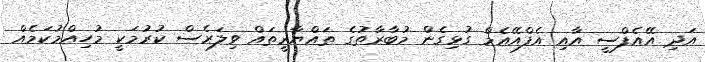
އަދި އޭއެފްސީ އާއި އެފްއޭއެމް ގުޅިގެން މުބާރާތުގެ ތައްޔާރީތައް ވިލަރެސް ކުރުމަކީ މުހިއްމުކަމެއް